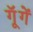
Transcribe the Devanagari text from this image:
गूॅगें